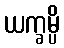
ယက္ခမ္ပိ